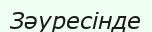
Зәуресінде